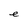
Character: e